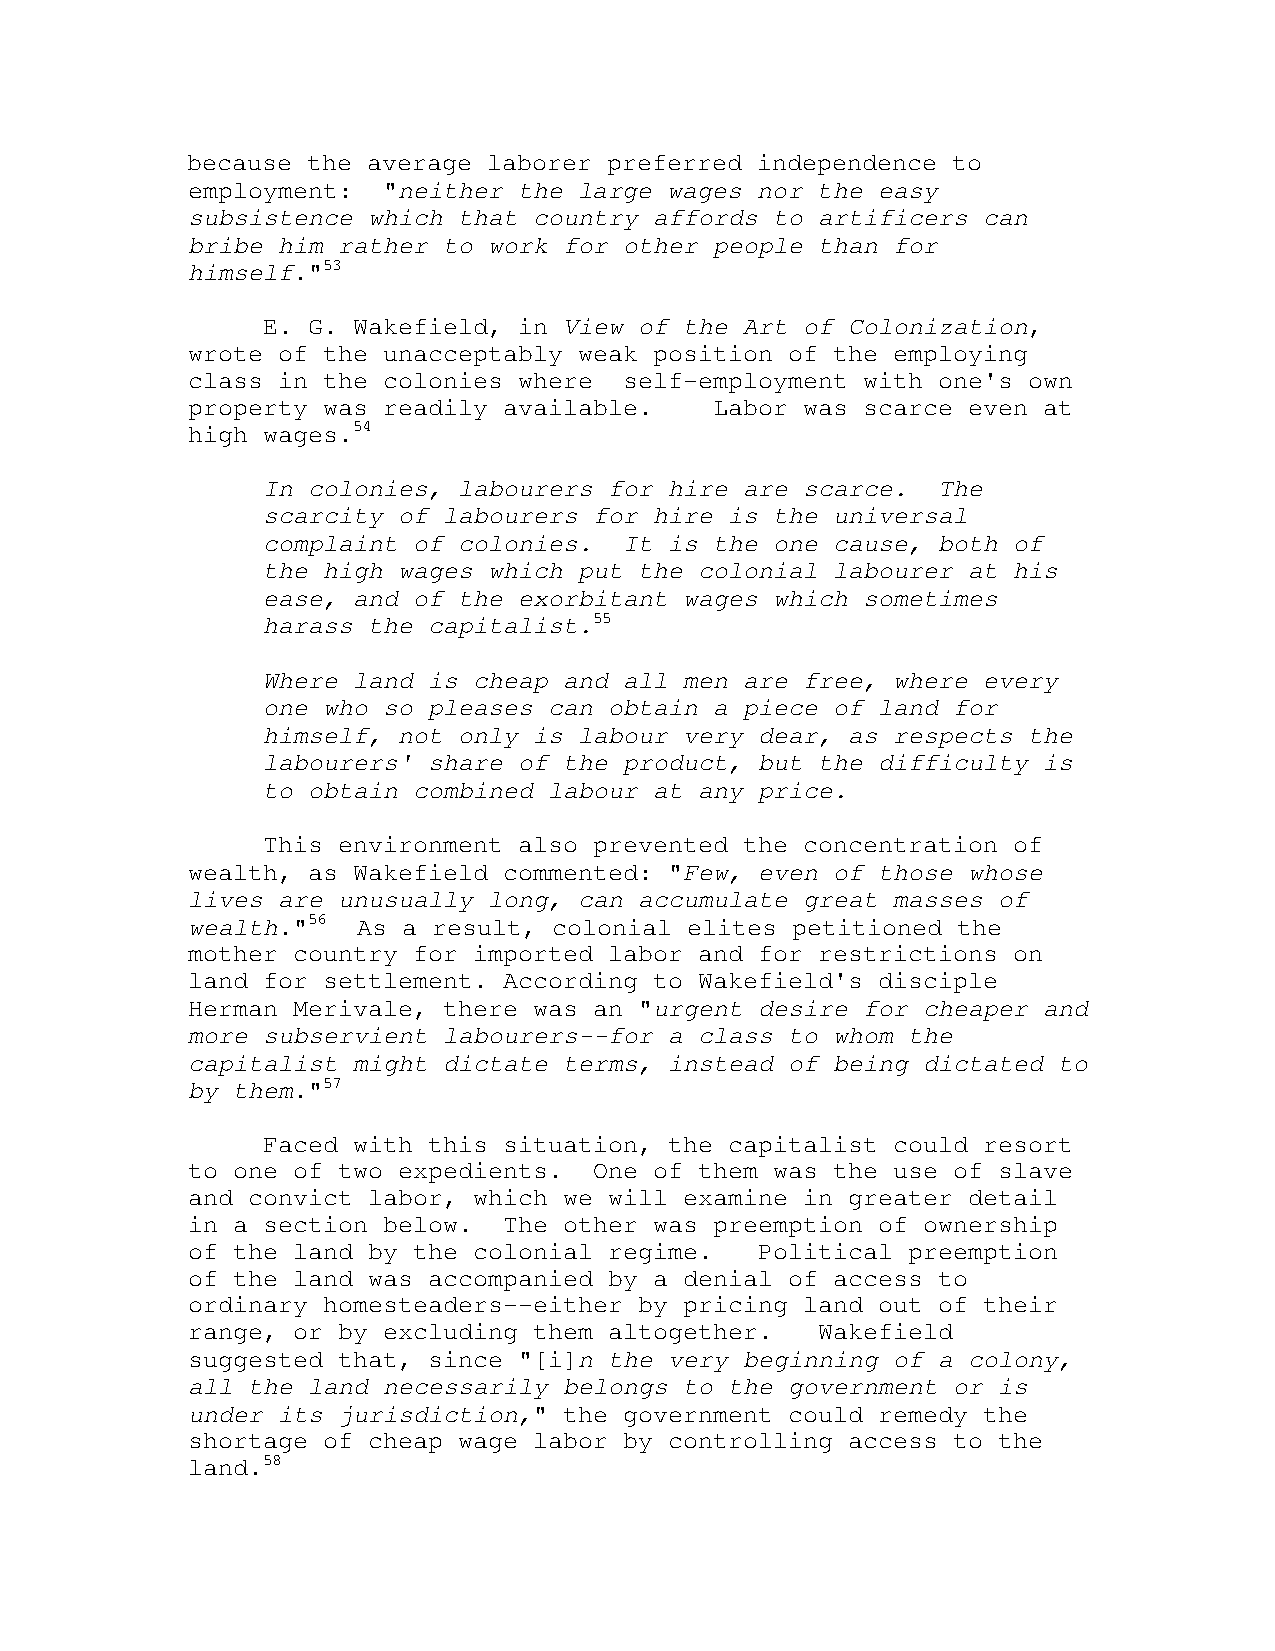
because the average laborer preferred independence to
 employment:  "neither the large wages nor the easy
 subsistence which that country affords to artificers can
 bribe him rather to work for other people than for
 himself."53
 E. G. Wakefield, in View of the Art of Colonization,
 wrote of the unacceptably weak position of the employing
 class in the colonies where  self-employment with one's own
 property was readily available.    Labor was scarce even at
 high wages.54
 In colonies, labourers for hire are scarce.  The
 scarcity of labourers for hire is the universal
 complaint of colonies.  It is the one cause, both of
 the high wages which put the colonial labourer at his
 ease, and of the exorbitant wages which sometimes
 harass the capitalist.55
 Where land is cheap and all men are free, where every
 one who so pleases can obtain a piece of land for
 himself, not only is labour very dear, as respects the
 labourers' share of the product, but the difficulty is
 to obtain combined labour at any price.
 This environment also prevented the concentration of
 wealth, as Wakefield commented: "Few, even of those whose
 lives are unusually long, can accumulate great masses of
 wealth."56  As a result, colonial elites petitioned the
 mother country for imported labor and for restrictions on
 land for settlement. According to Wakefield's disciple
 Herman Merivale, there was an "urgent desire for cheaper and
 more subservient labourers--for a class to whom the
 capitalist might dictate terms, instead of being dictated to
 by them."57
 Faced with this situation, the capitalist could resort
 to one of two expedients.  One of them was the use of slave
 and convict labor, which we will examine in greater detail
 in a section below.  The other was preemption of ownership
 of the land by the colonial regime.   Political preemption
 of the land was accompanied by a denial of access to
 ordinary homesteaders--either by pricing land out of their
 range, or by excluding them altogether.   Wakefield
 suggested that, since "[i]n the very beginning of a colony,
 all the land necessarily belongs to the government or is
 under its jurisdiction," the government could remedy the
 shortage of cheap wage labor by controlling access to the
 land.58